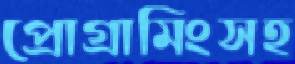
প্রোগ্রামিংসহ